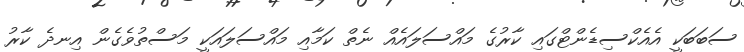
ސަބަބަކީ އެއެކްސިޑެންޓްގައި ކާރުގެ މައްސަލައެއް ނެތް ކަމާއި މައްސަލައަކީ މަސްތުވެގެން އިނދެ ކާރު